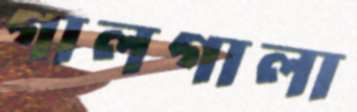
গালগালা